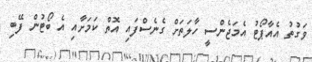
ވަގުތު އެއާޕޯޓު އެމަޖެންސީ ހާލަތަށް ގެނެސްފައި އޮތް ކަމަށާއި އެ ބޯޓުން ފޭބި